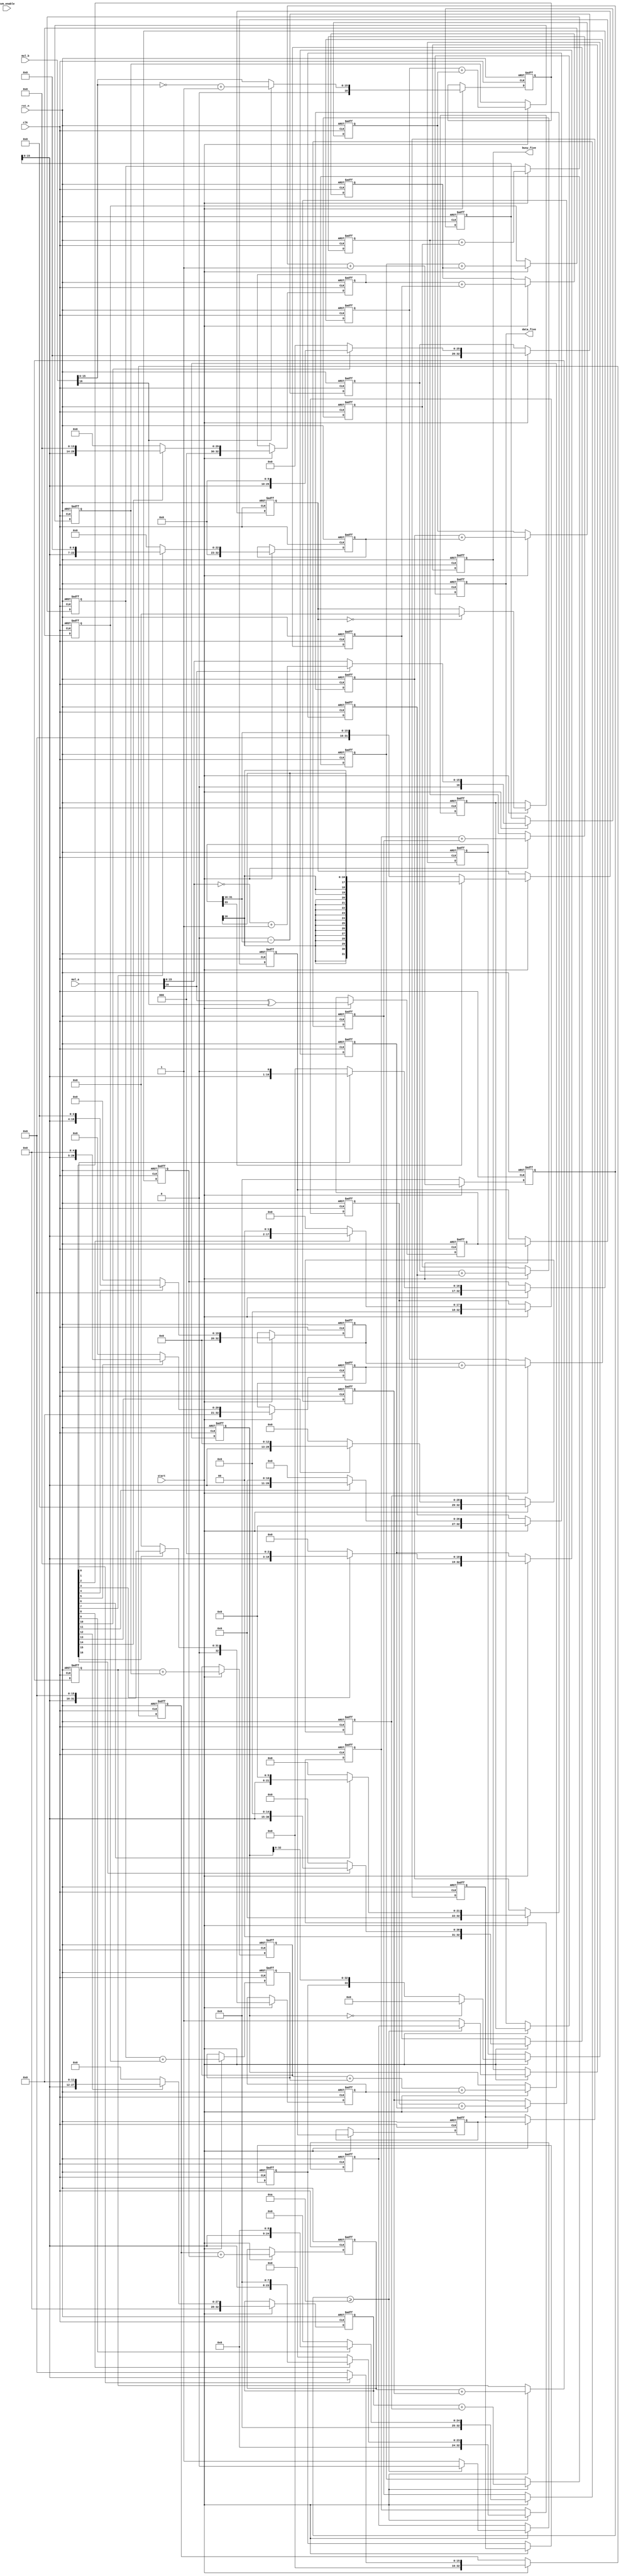
`timescale 1ns / 1ps
//////////////////////////////////////////////////////////////////////////////////
// Company: 
// Engineer: 
// 
// Design Name: 
// Module Name:    mul_five 
// Project Name: 
// Target Devices: 
// Tool versions: 
// Description: 
//
// Dependencies: 
//
// Revision: 
// Revision 0.01 - File Created
// Additional Comments: 
//
//////////////////////////////////////////////////////////////////////////////////
module mul_five(
    mul_a,
       mul_b,
       data_five,
	    svm_enable,
		 start,
		 busy_five,//
		 clk,
		 rst_n

    );

      parameter   MUL_WIDTH  = 17;
      parameter   MUL_RESULT = 34;//33
		
		input [MUL_WIDTH-1:0]   mul_a;   
      input [MUL_WIDTH-1:0]   mul_b; 
      input                   clk; 
      input                   rst_n;
      input start;
		input svm_enable;
      output reg busy_five;///////////////////////////////////////
	   reg busy;//////
      output reg [MUL_RESULT-3:0]  data_five;
		
		reg [MUL_RESULT-3:0]   mul_32_out;
		
      reg [MUL_RESULT-3:0]   mul_out; 
		reg [MUL_RESULT-1:0]   mul_out_reg;  
		reg                    msb; 
		reg                    msb_reg_0; 
		reg                     msb_reg_1; 
		reg                    msb_reg_2; 
		reg                    msb_reg_3; 
		reg [MUL_WIDTH-1:0]   mul_a_reg;
		reg [MUL_WIDTH-1:0]   mul_b_reg;

       reg [MUL_RESULT-2:0]   stored0;
		 reg [MUL_RESULT-2:0]   stored1; 
		 reg [MUL_RESULT-2:0]   stored2; 
		 reg [MUL_RESULT-2:0]   stored3; 
		 reg [MUL_RESULT-2:0]   stored4; 
		 reg [MUL_RESULT-2:0]   stored5; 
		 reg [MUL_RESULT-2:0]   stored6; 
		 reg [MUL_RESULT-2:0]   stored7;
		 reg [MUL_RESULT-2:0]   stored8; 
		 reg [MUL_RESULT-2:0]   stored9;
		 reg [MUL_RESULT-2:0]   stored10; 
		 reg [MUL_RESULT-2:0]   stored11; 
		 reg [MUL_RESULT-2:0]   stored12; 
		 reg [MUL_RESULT-2:0]   stored13; 
		 reg [MUL_RESULT-2:0]   stored14; 
		 reg [MUL_RESULT-2:0]   stored15;
       reg [MUL_RESULT-2:0]   stored16;

       reg [MUL_RESULT-2:0]   add0_0; 
		 reg [MUL_RESULT-2:0]   add0_1; 
		 reg [MUL_RESULT-2:0]   add0_2; 
		 reg [MUL_RESULT-2:0]   add0_3; 
		 reg [MUL_RESULT-2:0]   add0_4; 
		 reg [MUL_RESULT-2:0]   add0_5; 
		 reg [MUL_RESULT-2:0]   add0_6; 
		 reg [MUL_RESULT-2:0]   add0_7;
		 	
		 reg [MUL_RESULT-2:0]   add1_0; 
		 reg [MUL_RESULT-2:0]   add1_1; 
		 reg [MUL_RESULT-2:0]   add1_2; 
		 reg [MUL_RESULT-2:0]   add1_3;
		
		 reg [MUL_RESULT-2:0]   add2_0; 
		 reg [MUL_RESULT-2:0]   add2_1;
		 
		 reg [MUL_RESULT-1:0]   add3_0;
		
		 reg [7:0] mul_sub;/////////////////////////////
		
		always @ ( posedge clk or negedge rst_n ) 
      begin 
      if ( !rst_n ) 
       begin 
         mul_a_reg <= 17'b0;
         mul_b_reg <= 17'b0;
		 
		   stored0 <= 33'b0; 
			stored1 <= 33'b0; 
			stored2 <= 33'b0;    
			stored3 <= 33'b0; 
			stored4 <= 33'b0; 
			stored5 <= 33'b0;
			stored6 <= 33'b0; 
			stored7 <= 33'b0;
			stored8 <= 33'b0; 
			stored9 <= 33'b0; 
			stored10 <= 33'b0; 
			stored11 <= 33'b0; 
			stored12 <= 33'b0;  
			stored13 <= 33'b0;     
			stored14 <= 33'b0;  
			stored15 <= 33'b0;
		   stored16 <= 33'b0;	
				
		add0_0 <= 33'b0;  
		add0_1 <= 33'b0;    
		add0_2 <= 33'b0;    
		add0_3 <= 33'b0;
		add0_4 <= 33'b0; 
		add0_5 <= 33'b0;     
		add0_6 <= 33'b0;     
		add0_7 <= 33'b0;
      		
		add1_0 <= 33'b0; 
		add1_1 <= 33'b0;
		add1_2 <= 33'b0;
		add1_3 <= 33'b0; 
		
		add2_0 <= 33'b0; 
		add2_1 <= 33'b0;
      		
		add3_0 <= 33'b0;
		
		msb <= 1'b0; 
		msb_reg_0 <= 1'b0;
		msb_reg_1 <= 1'b0;
		msb_reg_2 <= 1'b0; 
		msb_reg_3 <= 1'b0; 
		mul_out_reg <= 34'b0;
		mul_out <= 32'b0;
      mul_32_out <= 32'b0;	
      data_five <= 32'b0;///////////////////////
		mul_sub <= 8'b0;
		busy_five <= 1'b1;
      busy <= 1'b1;	
     	
    end
		else //if(svm_enable == 1'b1)
		begin 
		if(start == 1'b1)
		begin  
			busy_five <= 1'b1;
			busy <= 1'b1;
			mul_sub <= mul_sub + 1;/////////////////////////////////////////////		
			mul_a_reg <= (mul_a[16]==0)?  mul_a : {1'b0,~mul_a[15:0]+1'b1};          
			mul_b_reg <= (mul_b[16]==0)?  mul_b : {1'b0,~mul_b[15:0]+1'b1};
			//mul_a_reg <= (mul_a[31]==0)?  mul_a : {mul_a[31],mul_a[30:0]};
			//mul_b_reg <= (mul_b[31]==0)?  mul_b : {mul_b[31],mul_b[30:0]};
			
			msb_reg_0 <= mul_a[16] ^ mul_b[16];//mul_a_reg[31] ^ mul_b_reg[31];
			msb_reg_1 <= msb_reg_0;         
			msb_reg_2 <= msb_reg_1;          
			msb_reg_3 <= msb_reg_2;         
			msb <= msb_reg_3;          
			stored0 <= mul_b_reg[0] ? {17'b0,mul_a_reg[15:0]}       : 33'b0;         
			stored1 <= mul_b_reg[1] ? {16'b0,mul_a_reg[15:0],1'b0}  : 33'b0;          
			stored2 <= mul_b_reg[2] ? {15'b0,mul_a_reg[15:0],2'b0}  : 33'b0;          
			stored3 <= mul_b_reg[3] ? {14'b0,mul_a_reg[15:0],3'b0}  : 33'b0;          
			stored4 <= mul_b_reg[4] ? {13'b0,mul_a_reg[15:0],4'b0}  : 33'b0;          
			stored5 <= mul_b_reg[5] ? {12'b0,mul_a_reg[15:0],5'b0}  : 33'b0;         
			stored6 <= mul_b_reg[6] ? {11'b0,mul_a_reg[15:0],6'b0}  : 33'b0;         
			stored7 <= mul_b_reg[7] ? {10'b0,mul_a_reg[15:0],7'b0}  : 33'b0;          
			stored8 <= mul_b_reg[8] ? {9'b0,mul_a_reg[15:0],8'b0}  : 33'b0;          
			stored9 <= mul_b_reg[9] ? {8'b0,mul_a_reg[15:0],9'b0}  : 33'b0;          
			stored10 <= mul_b_reg[10] ? {7'b0,mul_a_reg[15:0],10'b0}  : 33'b0;          
			stored11 <= mul_b_reg[11] ? {6'b0,mul_a_reg[15:0],11'b0}  : 33'b0;          
			stored12 <= mul_b_reg[12] ? {5'b0,mul_a_reg[15:0],12'b0}  : 33'b0;          
			stored13 <= mul_b_reg[13] ? {4'b0,mul_a_reg[15:0],13'b0}  : 33'b0;          
			stored14 <= mul_b_reg[14] ? {3'b0,mul_a_reg[15:0],14'b0}  : 33'b0;         
			stored15 <= mul_b_reg[15] ? {2'b0,mul_a_reg[15:0],15'b0}  : 33'b0; 
			stored16 <= mul_b_reg[16] ? {1'b0,mul_a_reg[15:0],16'b0}  : 33'b0; 
			
			add0_0 <= stored0 + stored1;        
			add0_1 <= stored2 + stored3;         
			add0_2 <= stored4 + stored5;        
			add0_3 <= stored6 + stored7;         
			add0_4 <= stored8 + stored9;          
			add0_5 <= stored10 + stored11;         
			add0_6 <= stored12 + stored13;      
			add0_7 <= stored14 + stored15;         
			add1_0 <= add0_0 + add0_1;         
			add1_1 <= add0_2 + add0_3;         
			add1_2 <= add0_4 + add0_5;      
			add1_3 <= add0_6 + add0_7;         
			add2_0 <= add1_0 + add1_1;         
			add2_1 <= add1_2 + add1_3;          
			add3_0 <= (add2_0 + add2_1) + stored16;
			
			//mul_out_reg <= {msb,add3_0[31:0]}; 
			mul_out_reg <= (add3_0==0)? 34'b0 : {msb,add3_0[32:0]};
			mul_32_out <= (mul_out_reg[33]==0)? ({16'b0,mul_out_reg[31:16]}) : (0-{16'b0,mul_out_reg[31:16]});	
			mul_out <= (mul_32_out[31:0] == 0)? 32'b0 : mul_32_out;	
			
			data_five <= mul_out;
			
			if(mul_sub >= 10)
				begin
					  busy <= 1'b0;
			        busy_five <= busy;
				end

			end
			else if(start == 1'b0)
			begin
				mul_sub <= 0;
			end
   end
end

		
		
endmodule